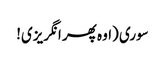
سوری (اوہ پھر انگریزی!